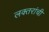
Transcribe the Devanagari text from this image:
लक्‍तरांची